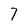
Character: 7